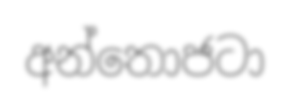
අන්තොජටා